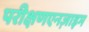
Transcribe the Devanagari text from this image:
परीक्षणएनज़ाइम